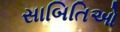
સાબિતિઓ